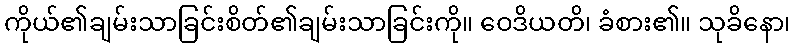
ကိုယ်၏ချမ်းသာခြင်းစိတ်၏ချမ်းသာခြင်းကို။ ဝေဒိယတိ၊ ခံစား၏။ သုခိနော၊